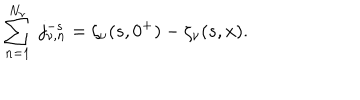
LaTeX: \sum _ { n = 1 } ^ { N _ { \nu } } \ j _ { \nu , n } ^ { - s } = \zeta _ { \nu } ( s , 0 ^ { + } ) - \zeta _ { \nu } ( s , x ) .